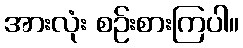
အားလုံး စဉ်းစားကြပါ။